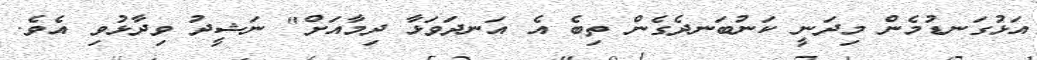
އަޅުގަނޑުމެން މިދަނީ ކަނުބަނދެގެން ތިބެ އެ އަނދަވަޅާ ދިމާއަށް" ނަޝީދު ވިދާޅުވި އެވެ.